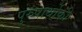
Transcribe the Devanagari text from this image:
पुरुषार्थोकी